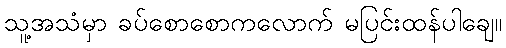
သူ့အသံမှာ ခပ်စောစောကလောက် မပြင်းထန်ပါချေ။